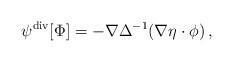
\begin{align*} \psi^{\rm div}[\Phi] = - \nabla \Delta^{-1} (\nabla \eta \cdot \phi) \, ,\end{align*}